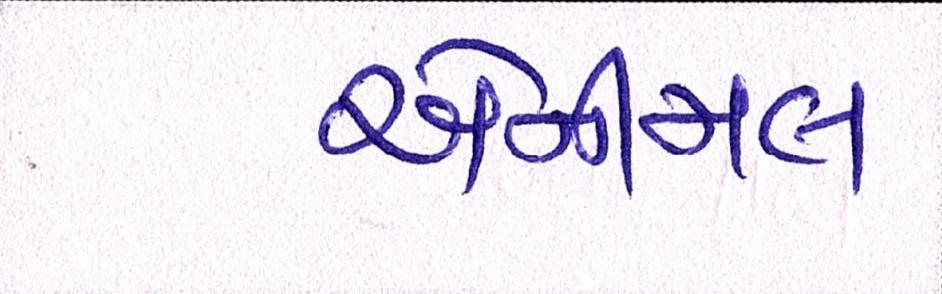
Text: એનીમલ